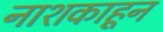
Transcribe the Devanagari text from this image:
नाशकाहून